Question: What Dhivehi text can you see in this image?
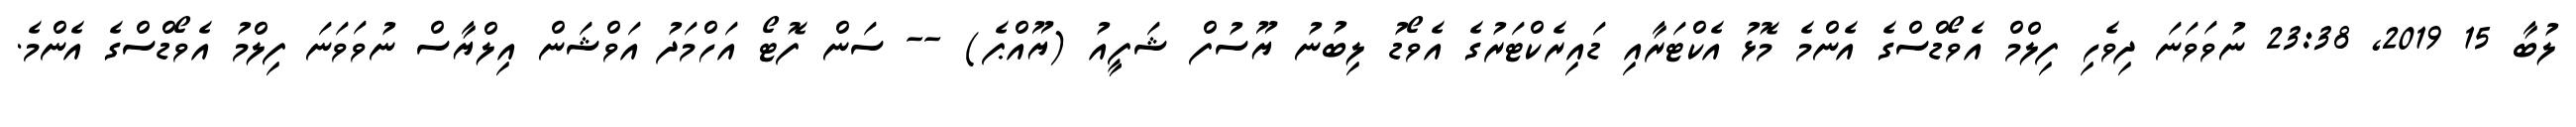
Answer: ލުބާ 15 2019, 23:38 ނުވަވަނަ ދިވެހި ފިލްމް އެވޯޑްސްގެ އެންމެ މޮޅު އެކްޓަރާއި ޑައިރެކްޓަރުގެ އެވޯޑު ލިބުނު ޔޫސުފް ޝަފީއު (ޔޫއްޕެ) -- ސަން ފޮޓޯ އަހްމަދު އަވްޝަން އިލްޔާސް ނުވަވަނަ ފިލްމު އެވޯޑްސްގެ އެންމެ.